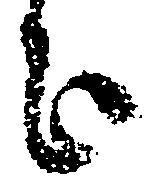
歟